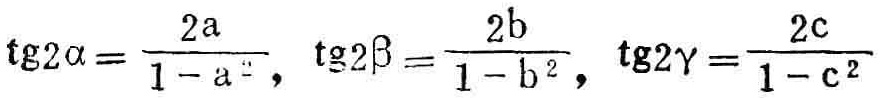
\(\mathrm{tg}2\alpha = \frac{2a}{1 - a^{2}}, \mathrm{tg}2\beta = \frac{2b}{1 - b^{2}}, \mathrm{tg}2\gamma = \frac{2c}{1 - c^{2}}\)